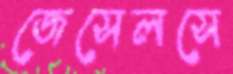
জেসেলসে